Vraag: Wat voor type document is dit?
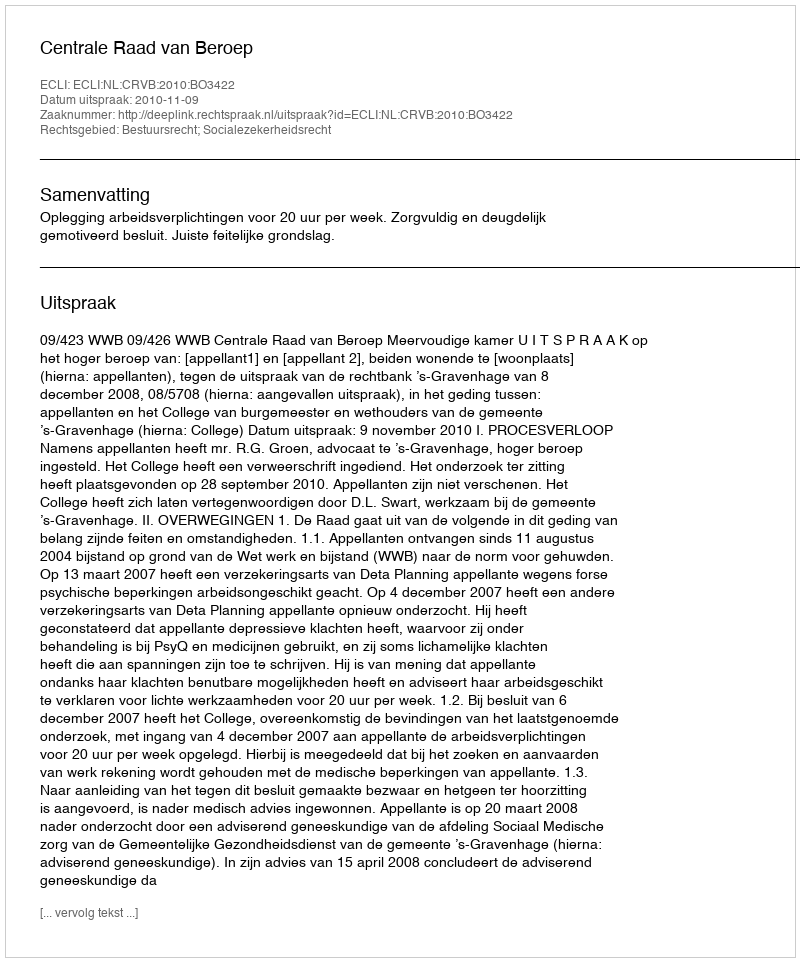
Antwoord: Uitspraak